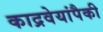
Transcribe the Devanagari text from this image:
काद्रवेयांपैकी